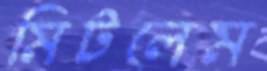
মিটলেম